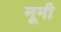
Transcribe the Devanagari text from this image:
नूमी